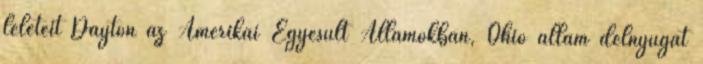
leleteit Dayton az Amerikai Egyesült Államokban, Ohio állam délnyugat